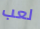
لعب